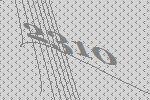
2310